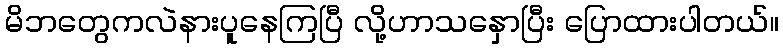
မိဘတွေကလဲနားပူနေကြပြီ လို့ဟာသနှောပြီး ပြောထားပါတယ်။